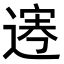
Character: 𨔎